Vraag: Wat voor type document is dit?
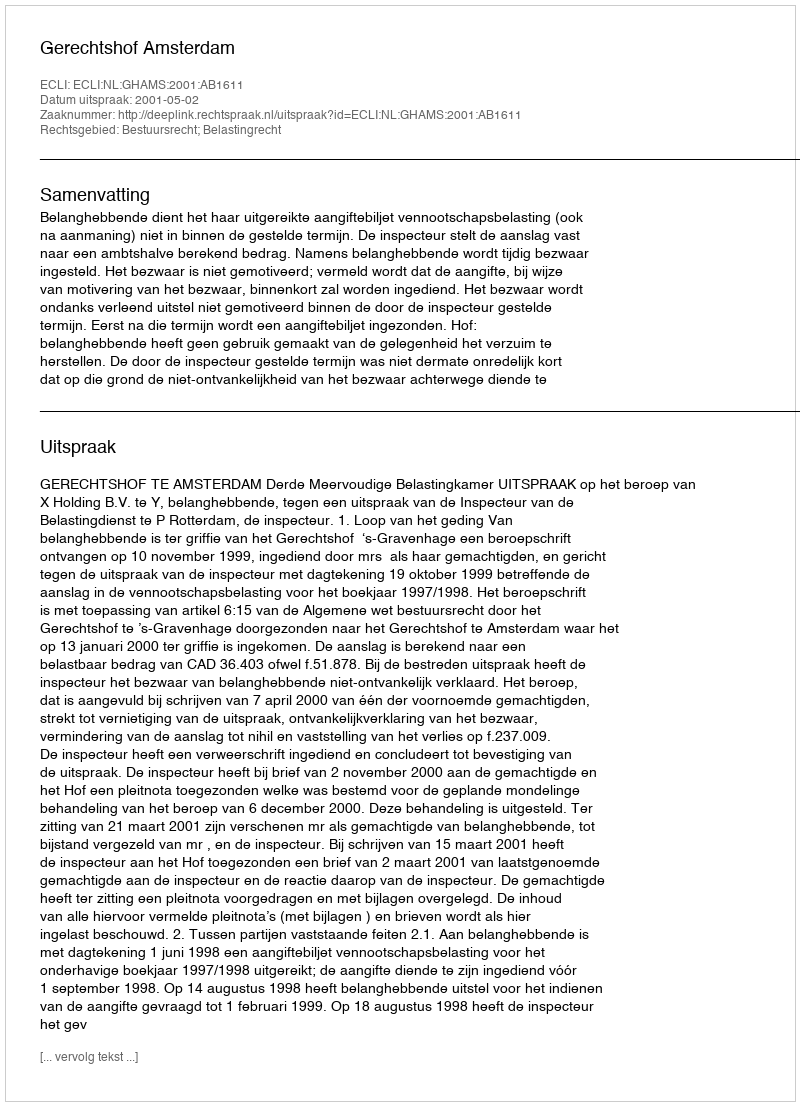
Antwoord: Uitspraak